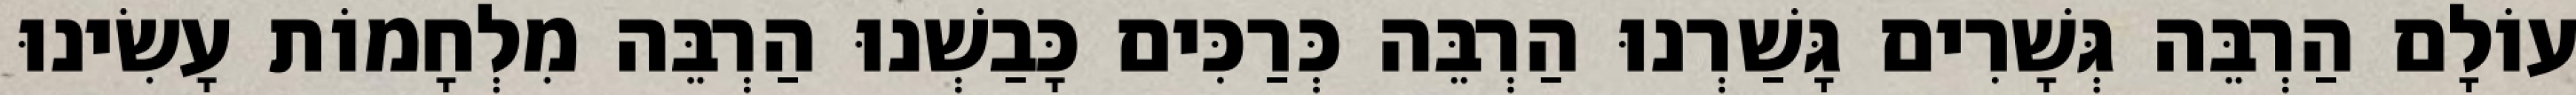
עוֹלָם הַרְבֵּה גְּשָׁרִים גָּשַׁרְנוּ הַרְבֵּה כְּרַכִּים כָּבַשְׁנוּ הַרְבֵּה מִלְחָמוֹת עָשִׂינוּ